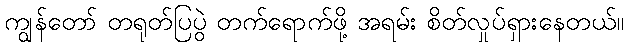
ကျွန်တော် တရုတ်ပြပွဲ တက်ရောက်ဖို့ အရမ်း စိတ်လှုပ်ရှားနေတယ်။